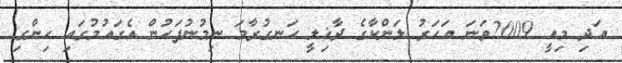
އަދި މިއީ 2009ވަނަ އަހަރު ލަންކާގެ ދާޚިލީ ހަނގުރާމަ ނިމުނުފަހުން އެގައުމުގައި ހިންގި